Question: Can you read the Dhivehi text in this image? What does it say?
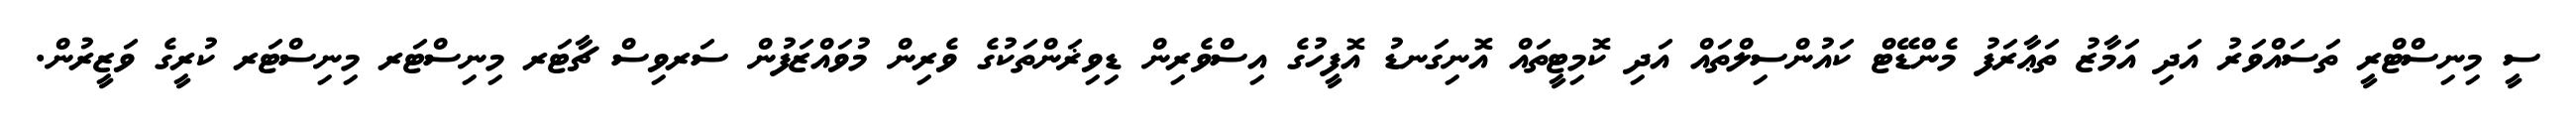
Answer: ސީ މިނިސްޓްރީ ތަސައްވަރު އަދި އަމާޒު ތަޢާރަފު މެންޑޭޓް ކައުންސިލްތައް އަދި ކޮމިޓީތައް އޮނިގަނޑު އޮފީހުގެ އިސްވެރިން ޑިވިޜަންތަކުގެ ވެރިން މުވައްޒަފުން ސަރވިސް ޗާޓަރ މިނިސްޓަރ މިނިސްޓަރ ކުރީގެ ވަޒީރުން.